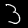
Digit: 3